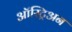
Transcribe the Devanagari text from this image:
ऑस्ट्रिअन